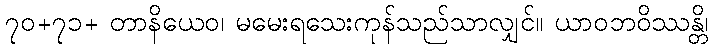
၇၀+၇၁+ တာနိယေဝ၊ မမေးရသေးကုန်သည်သာလျှင်။ ယာဝဘဝိဿန္တိ၊